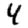
Digit: 4